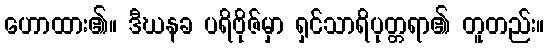
ဟောထား၏။ ဒီဃနခ ပရိဗိုဇ်မှာ ရှင်သာရိပုတ္တရာ၏ တူတည်း။